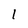
Character: 1